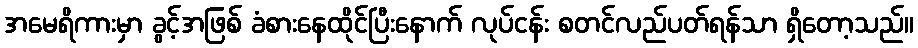
အမေရိကားမှာ ခွင့်အဖြစ် ခံစားနေထိုင်ပြီးနောက် လုပ်ငန်း စတင်လည်ပတ်ရန်သာ ရှိတော့သည်။